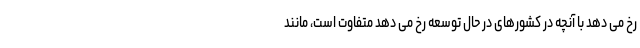
رخ می دهد با آنچه در کشورهای در حال توسعه رخ می دهد متفاوت است، مانند